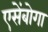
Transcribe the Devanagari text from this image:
एसेंबोगा